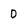
Character: D